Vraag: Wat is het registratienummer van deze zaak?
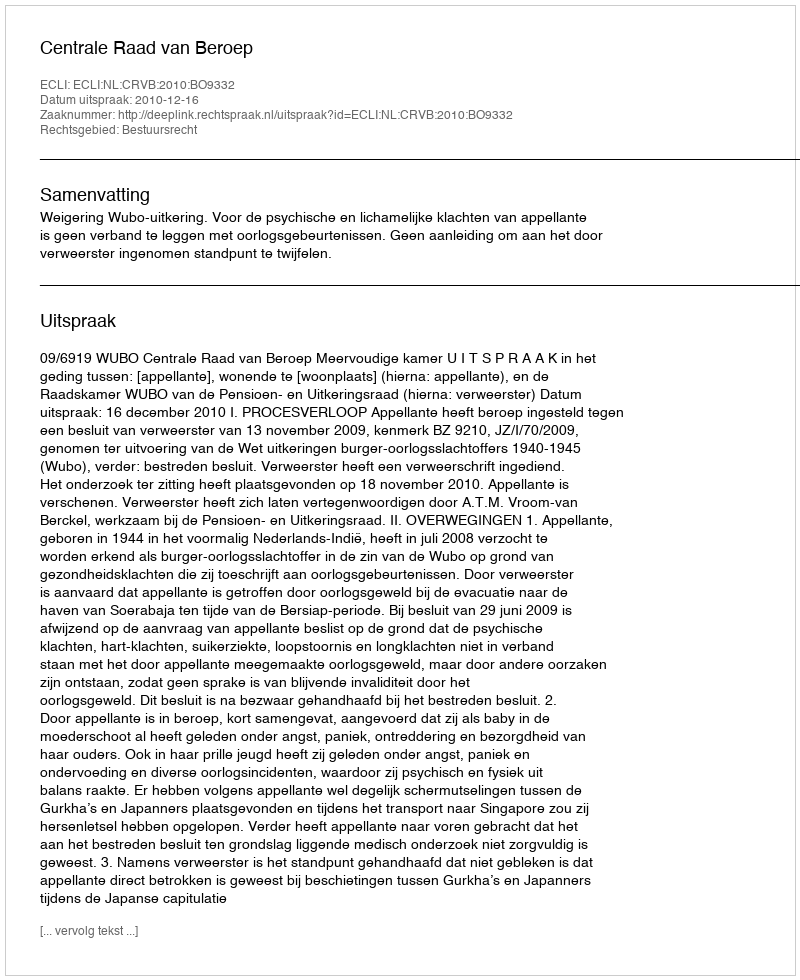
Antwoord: http://deeplink.rechtspraak.nl/uitspraak?id=ECLI:NL:CRVB:2010:BO9332